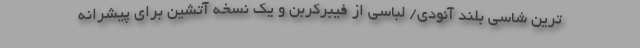
ترین شاسی بلند آئودی/ لباسی از فیبرکربن و یک نسخه آتشین برای پیشرانه